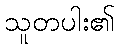
သူတပါး၏